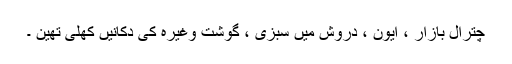
چترال بازار ، ایون ، دروش میں سبزی ، گوشت وغیرہ کی دکانیں کھلی تھین ۔